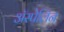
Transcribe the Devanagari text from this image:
अॅस्पेलिन